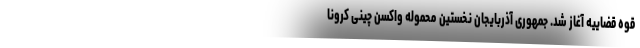
قوه قضاییه آغاز شد. جمهوری آذربایجان نخستین محموله واکسن چینی کرونا